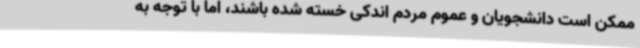
ممکن است دانشجویان و عموم مردم اندکی خسته شده باشند، اما با توجه به